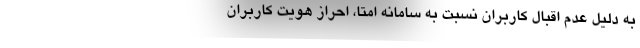
به دلیل عدم اقبال کاربران نسبت به سامانه امتا، احراز هویت کاربران